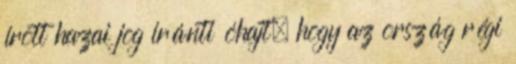
írott hazai jog iránti óhajt, hogy az ország régi